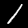
Label: 1